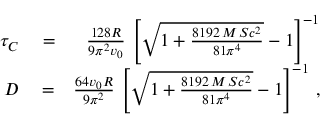
\begin{array} { r l r } { \tau _ { C } } & { { } = } & { { \frac { 1 2 8 R } { 9 \pi ^ { 2 } v _ { 0 } } } \, \left[ \sqrt { 1 + { \frac { 8 1 9 2 \, M \, S c ^ { 2 } } { 8 1 \pi ^ { 4 } } } } - 1 \right] ^ { - 1 } } \\ { D } & { { } = } & { { \frac { 6 4 v _ { 0 } R } { 9 \pi ^ { 2 } } } \, \left[ \sqrt { 1 + { \frac { 8 1 9 2 \, M \, S c ^ { 2 } } { 8 1 \pi ^ { 4 } } } } - 1 \right] ^ { - 1 } \, , } \end{array}